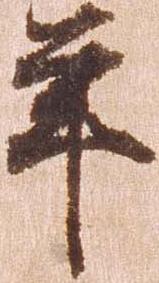
年